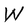
Character: W